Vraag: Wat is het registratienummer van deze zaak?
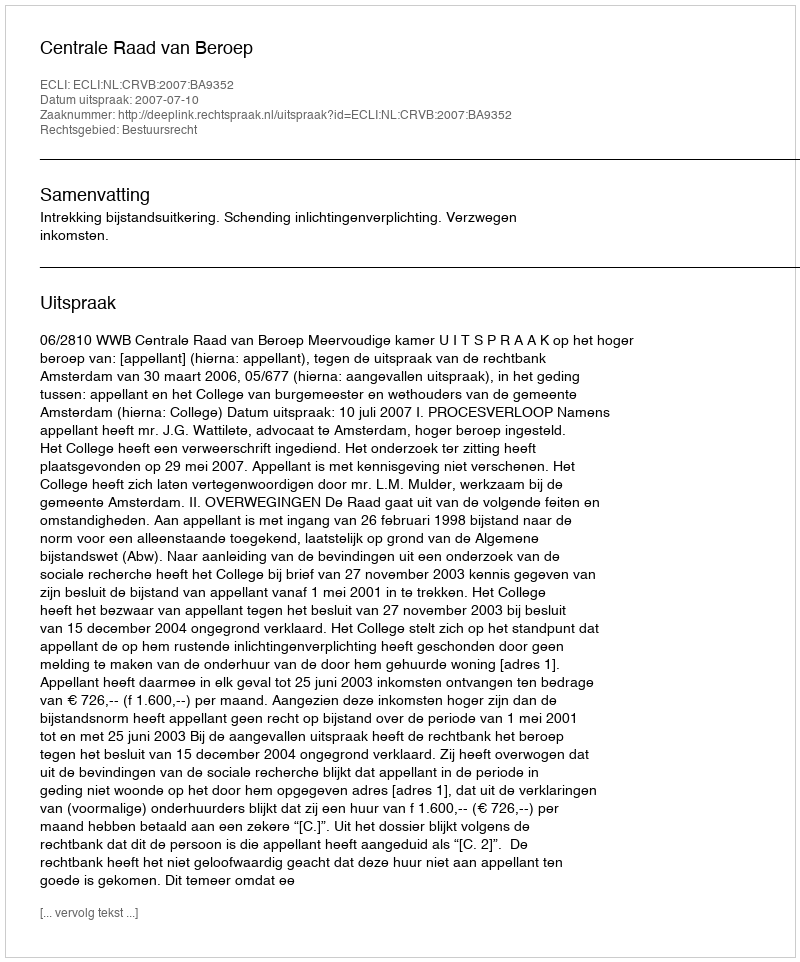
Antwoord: http://deeplink.rechtspraak.nl/uitspraak?id=ECLI:NL:CRVB:2007:BA9352